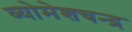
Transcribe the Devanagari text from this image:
व्योमेशचन्द्र